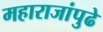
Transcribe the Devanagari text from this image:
महाराजांपुढे